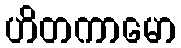
ဟိတကာမော